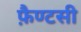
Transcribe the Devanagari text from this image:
फ़ैण्टसी